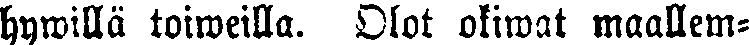
hywillä toiweilla. Olot oliwat maallem-